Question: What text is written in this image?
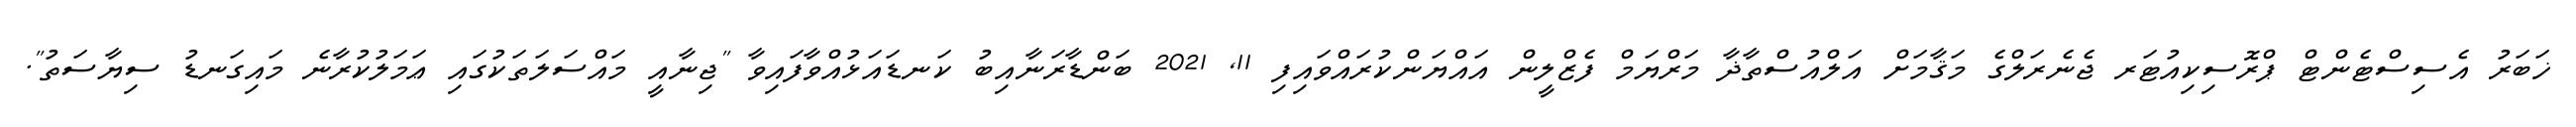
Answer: ޚަބަރު އެސިސްޓެންޓް ޕްރޮސިކިއުޓަރ ޖެނެރަލްގެ މަޤާމަށް އަލްއުސްތާޛާ މަރްޔަމް ފެޒްލީން އައްޔަންކުރައްވައިފި 11, 2021 ބަންޑާރަނާއިބު ކަނޑައަޅުއްވާފައިވާ "ޖިނާއީ މައްސަލަތަކުގައި ޢަމަލުކުރާނެ މައިގަނޑު ސިޔާސަތު".